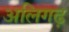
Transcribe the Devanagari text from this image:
अलिगढ़